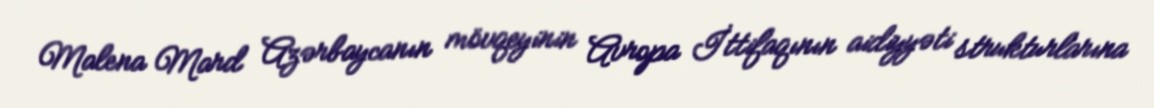
Malena Mard Azərbaycanın mövqeyinin Avropa İttifaqının aidiyyəti strukturlarına